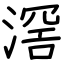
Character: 滘